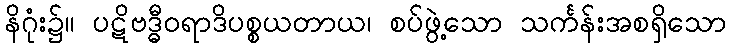
နိဂုံး၌။ ပဋိဗဒ္ဓီဝရာဒိပစ္စယတာယ၊ စပ်ဖွဲ့သော သင်္ကန်းအစရှိသော